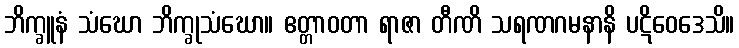
ဘိက္ခူနံ သံဃော ဘိက္ခုသံဃော။ ဧတ္တာဝတာ ရာဇာ တီဏိ သရဏဂမနာနိ ပဋိဝေဒေသိ။